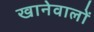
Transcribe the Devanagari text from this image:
खानेवालों